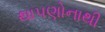
થાપણોનાથી